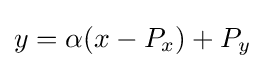
y=\alpha (x-P_{x})+P_{y}